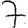
Digit: 7